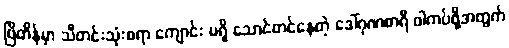
ဗြိတိန်မှာ သီတင်းသုံးစရာ ကျောင်း မရှိ သောင်တင်နေတဲ့ ဒေါ်ဂုဏစာရီ ဝါကပ်ဖို့အတွက်